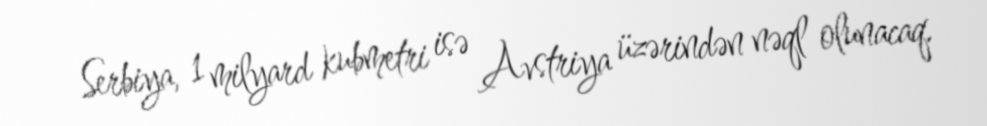
Serbiya, 1 milyard kubmetri isə Avstriya üzərindən nəql olunacaq.